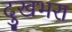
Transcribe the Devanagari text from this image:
दुखभरा